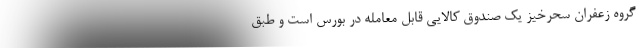
گروه زعفران سحرخیز یک صندوق کالایی قابل معامله در بورس است و طبق